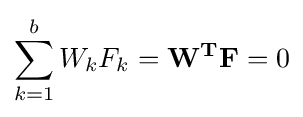
\sum _{k=1}^{b}W_{k}F_{k}=\mathbf {W^{T}} \mathbf {F} =0